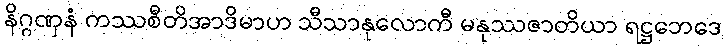
နိဂ္ဂဏှနံ ကဿစီတိအာဒိမာဟ သီသာနုလောကီ မနုဿဇာတိယာ ရဋ္ဌဘေဒေ